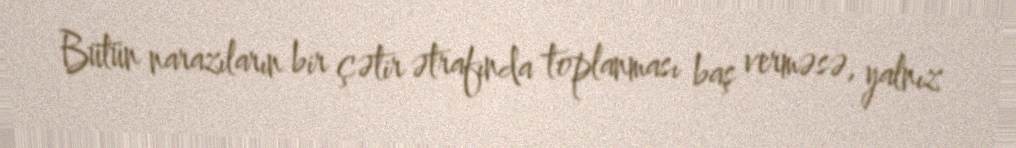
Bütün narazıların bir çətir ətrafında toplanması baş verməsə, yalnız